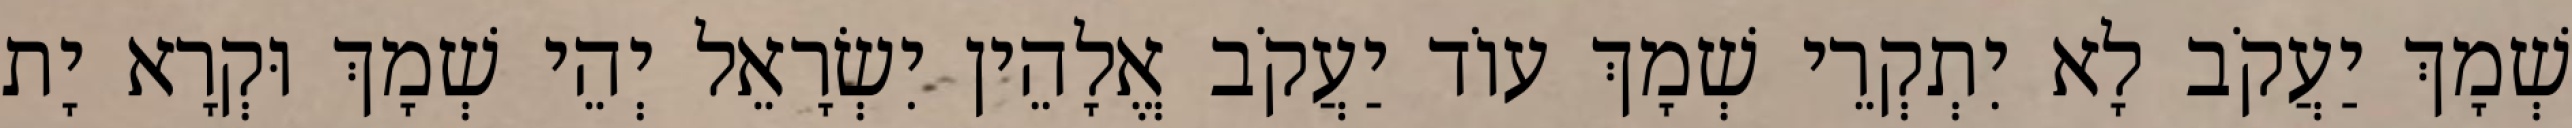
שְׁמָךְ יַעֲקֹב לָא יִתְקְרֵי שְׁמָךְ עוֹד יַעֲקֹב אֱלָהֵין יִשְׂרָאֵל יְהֵי שְׁמָךְ וּקְרָא יָת